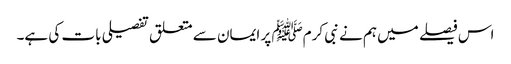
اس فیصلے میں ہم نے نبی کرمﷺ پر ایمان سے متعلق تفصیلی بات کی ہے۔